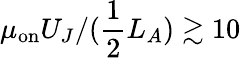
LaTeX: \mu_{\mathrm{on}}U_{J}/(\frac{1}{2}L_{A})\gtrsim 10